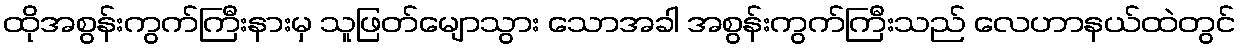
ထိုအစွန်းကွက်ကြီးနားမှ သူဖြတ်မျောသွား သောအခါ အစွန်းကွက်ကြီးသည် လေဟာနယ်ထဲတွင်